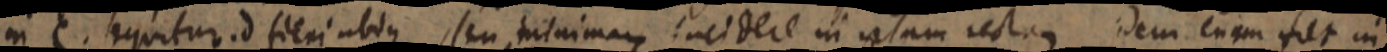
ni C. sequitur .d fieri ubique seu minimam incidere in ipsam rectam idem enim fiet in